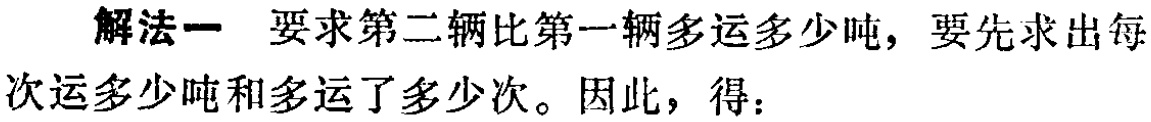
解法一 要求第二辆比第一辆多运多少吨，要先求出每次运多少吨和多运了多少次。因此，得：